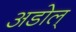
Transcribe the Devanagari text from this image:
अडोल्